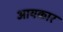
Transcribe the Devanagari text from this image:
आयकार